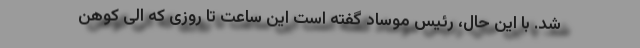
شد. با این حال، رئیس موساد گفته است این ساعت تا روزی که الی کوهن